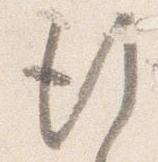
行